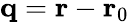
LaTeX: \mathbf{q}=\mathbf{r}-\mathbf{r}_{0}